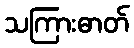
သကြားဓာတ်